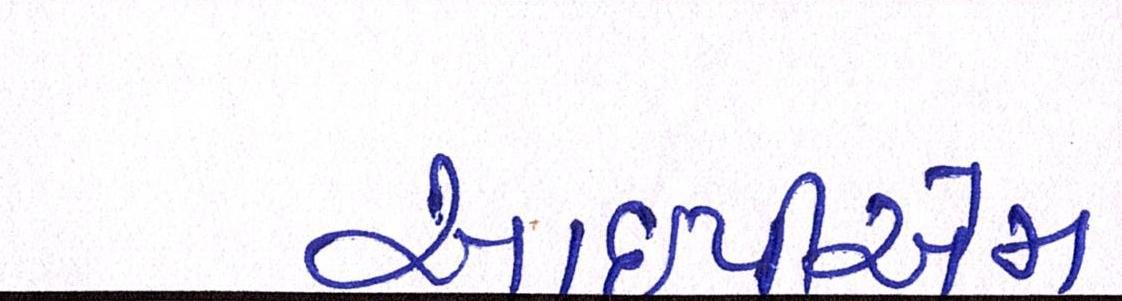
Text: આઇપીએમ